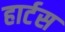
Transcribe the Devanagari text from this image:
हार्टस